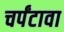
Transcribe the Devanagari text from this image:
चर्पंटावा